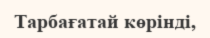
Тарбағатай көрінді,